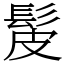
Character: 髲